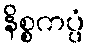
နိစ္စကပ္ပံ